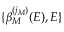
\{ \beta _ { M } ^ { ( j _ { M } ) } ( E ) , E \}